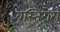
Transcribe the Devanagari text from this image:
वस्तिरोग